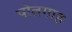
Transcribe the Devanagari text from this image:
पोतगाह